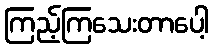
ကြည့်ကြသေးတာပေါ့